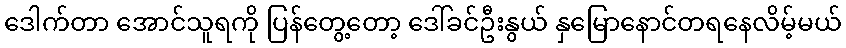
ဒေါက်တာ အောင်သူရကို ပြန်တွေ့တော့ ဒေါ်ခင်ဦးနွယ် နှမြောနောင်တရနေလိမ့်မယ်